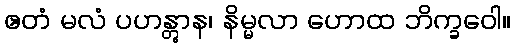
ဧတံ မလံ ပဟန္တွာန၊ နိမ္မလာ ဟောထ ဘိက္ခဝေါ။